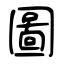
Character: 圖